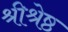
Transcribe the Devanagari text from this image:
श्रीश्रेष्ठ